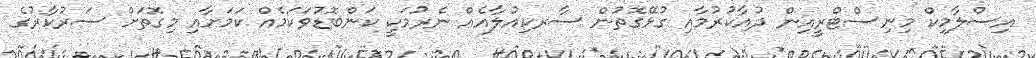
އިސްލާމިކް މިނިސްޓްރީއިން ދުއާކުރުމާއި ގުޅޭގޮތުން ސާރކިއުލާއެއް ނެރުމަކީ ކަންބޮޑުވަކަމެއް ކަމަށާއި މިގޮތަށް ސަރުކާރުގެ